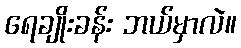
ရေချိုးခန်း ဘယ်မှာလဲ။